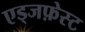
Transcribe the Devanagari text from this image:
एड्जफ़ेस्ट